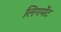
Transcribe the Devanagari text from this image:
लिगमेंट